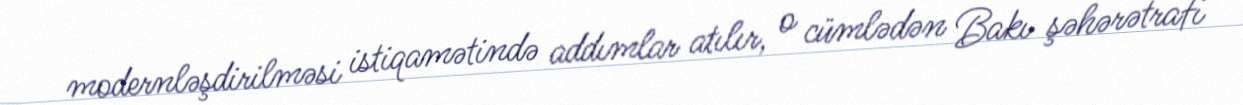
modernləşdirilməsi istiqamətində addımlar atılır, o cümlədən Bakı şəhərətrafı